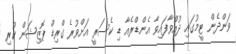
ވަންދެން ޓީމުގައި ދުއްވާފައިވާ އެންޑްރެއާ ޑި ކެސަރީ އަށްވުރެ ގްރިޑް ޕޮޒިޝަން ކުރި